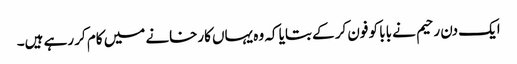
ایک دن رحیم نے بابا کو فون کر کے بتایا کہ وہ یہاں کارخانے میں کام کر رہے ہیں۔